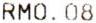
RM0.08